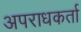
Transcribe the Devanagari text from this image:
अपराधकर्ता